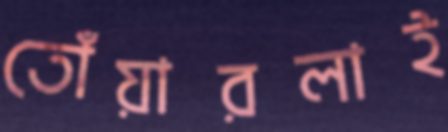
তোঁয়ারলাই